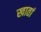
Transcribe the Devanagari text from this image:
खातां